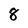
Character: 8